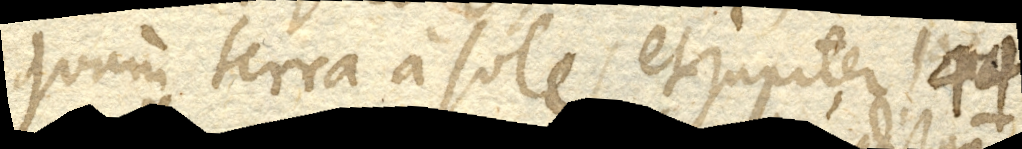
quam terra a sole, et Jupiter 144